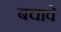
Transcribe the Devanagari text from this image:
बचावे